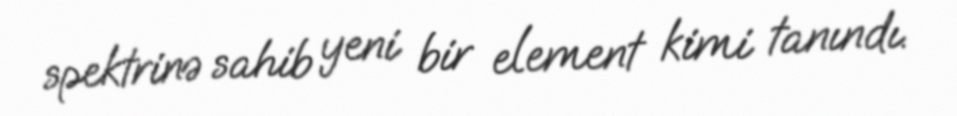
spektrinə sahib yeni bir element kimi tanındı.